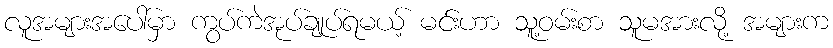
လူအများအပေါ်မှာ ကွပ်ကဲအုပ်ချုပ်ရမယ့် မင်းဟာ သူ့ဝမ်းစာ သူမအားလို့ အများက